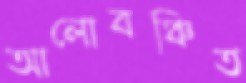
আলোবঞ্চিত